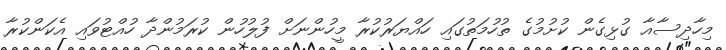
މިހާދިސާއާ ގުޅިގެން ކުށުމުގެ ތުހުމަތުގައި ހައްޔަރުކުރާ މީހުންނަށް ފުލުހުން ކުރަމުންދާ ހުއްޓުވައި އެކަންކުރާ